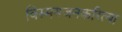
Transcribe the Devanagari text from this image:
विस्मयजनकरित्या